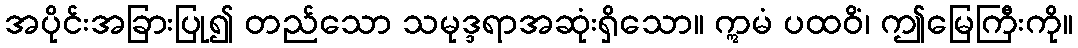
အပိုင်းအခြားပြု၍ တည်သော သမုဒ္ဒရာအဆုံးရှိသော။ ဣမံ ပထဝိံ၊ ဤမြေကြီးကို။